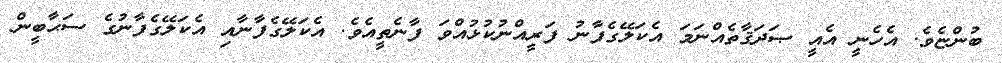
ބުންޏެވެ. އެހެނީ އެއީ ޞަދަޤާތެއްނަމަ އެކަލޭގެފާނު ފަރީއްނުކުޅުއްވަ ފާނެތީއެވެ. އެކަލޭގެފާނާއި އެކަލޭގެފާނުގެ ސަޙާބީން